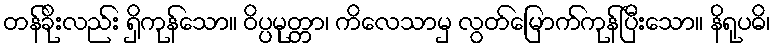
တန်ခိုးလည်း ရှိကုန်သော။ ဝိပ္ပမုတ္တာ၊ ကိလေသာမှ လွတ်မြောက်ကုန်ပြီးသော။ နိရုပဓိ၊